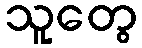
သူတွေ